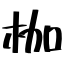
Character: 枷